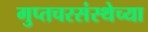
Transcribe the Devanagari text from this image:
गुप्तचरसंस्थेच्या